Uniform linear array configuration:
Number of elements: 48
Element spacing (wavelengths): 1
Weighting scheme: exponential
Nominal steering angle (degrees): -60
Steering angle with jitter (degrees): -60.487
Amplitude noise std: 0.05
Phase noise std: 0.05

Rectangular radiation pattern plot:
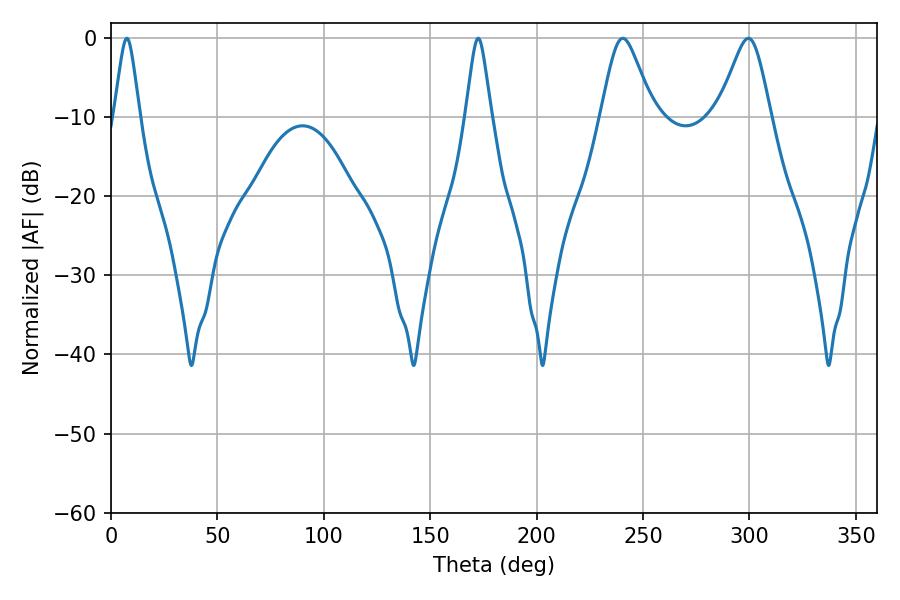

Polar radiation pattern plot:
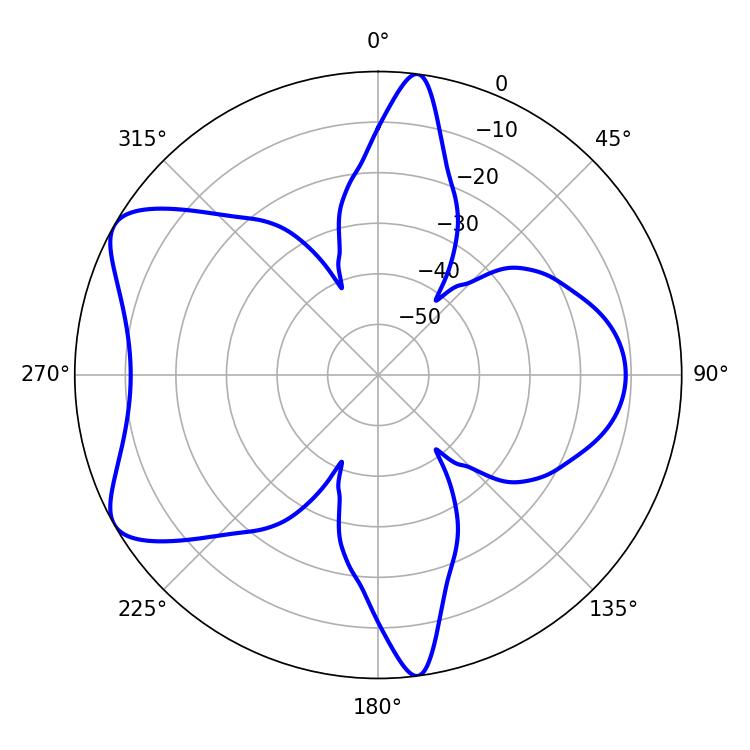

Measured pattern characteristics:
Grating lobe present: TRUE
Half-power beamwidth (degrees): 11.7
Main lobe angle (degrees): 240.48